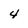
Character: 4